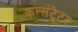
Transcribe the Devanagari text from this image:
कन्संट्रेटर